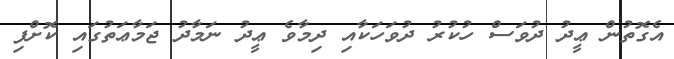
އެގޮތުން ޢީދު ދުވަސް ހުކުރު ދުވަހަކާއި ދިމާވެ ޢީދު ނަމާދު ޖަމާޢަތުގައި ކޮށްފި